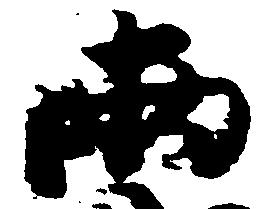
両